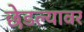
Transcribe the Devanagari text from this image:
छेडल्यावर